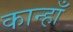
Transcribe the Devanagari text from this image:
कान्हाँ